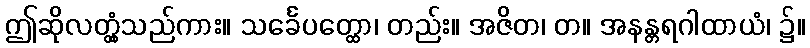
ဤဆိုလတ္တံ့သည်ကား။ သင်္ခေပတ္ထော၊ တည်း။ အဇိတ၊ တ။ အနန္တရဂါထာယံ၊ ၌။